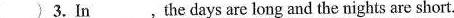
( )3. In___.the days are long and the nights are short.